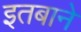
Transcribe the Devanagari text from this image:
इतबाने